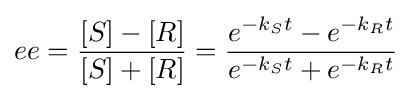
ee={\frac {[S]-[R]}{[S]+[R]}}={\frac {e^{-k_{S}t}-e^{-k_{R}t}}{e^{-k_{S}t}+e^{-k_{R}t}}}